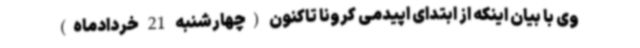
وی با بیان اینکه از ابتدای اپیدمی کرونا تاکنون (چهارشنبه 21 خردادماه)